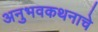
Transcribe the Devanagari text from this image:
अनुभवकथनाचे